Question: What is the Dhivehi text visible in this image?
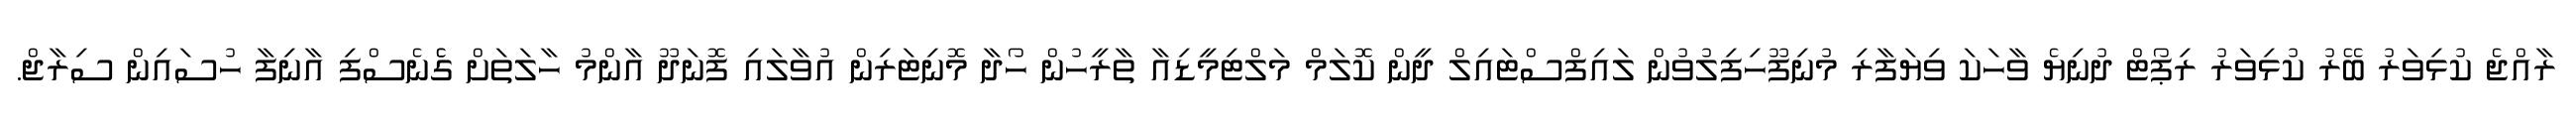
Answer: ރާއްޖެ ކުޅިވަރު ބޭރު ކުޅިވަރު ރިޕޯޓް ދުނިޔެ ވާހަކަ ވިޔަފާރި މުނިފޫހިފިލުވުން ލައިފްސްޓައިލް ދީން ކޮލަމް މަލްޓިމީޑިއާ ތާރީހުން ހޯދާ މޮނިޓަރިން އުވާލައި ފޮނަދޫ އާންމު ހާލަތަށް ގެެނެސްފި އާނިފާ ހުސައިން ސިރާޖް.